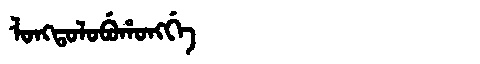
Manchu: ᠯᠣᠩᡨᠣᠯᠣᠪᡠᡥᠣᠩᡤᡝ
Romanization: LONGTOLOBUHONGGE